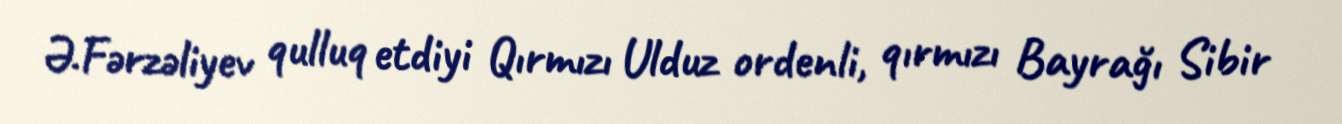
Ə.Fərzəliyev qulluq etdiyi Qırmızı Ulduz ordenli, qırmızı Bayrağı Sibir